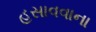
હસાવવાના